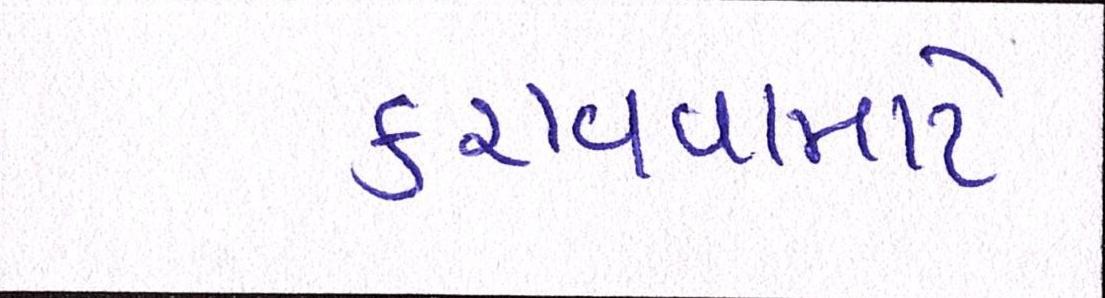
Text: કરાવવામાટે